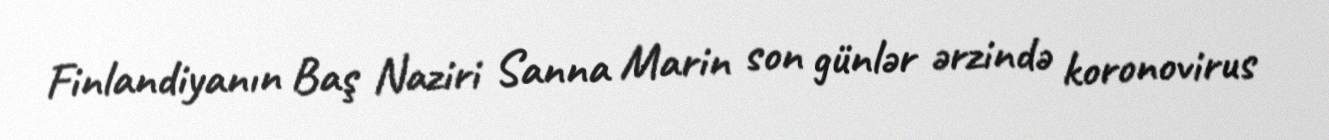
Finlandiyanın Baş Naziri Sanna Marin son günlər ərzində koronovirus